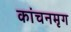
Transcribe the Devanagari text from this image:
कांचनमृग